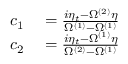
\begin{array} { r l } { c _ { 1 } } & { { } = \frac { i \eta _ { t } - \Omega ^ { ( 2 ) } \eta } { \Omega ^ { ( 1 ) } - \Omega ^ { ( 1 ) } } } \\ { c _ { 2 } } & { { } = \frac { i \eta _ { t } - \Omega ^ { ( 1 ) } \eta } { \Omega ^ { ( 2 ) } - \Omega ^ { ( 1 ) } } } \end{array}